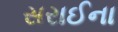
સરાઈના